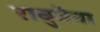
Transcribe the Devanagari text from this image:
राघुमैना